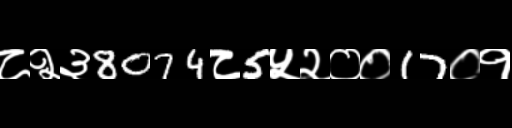
Text: ८२३8074८5५२००17०१